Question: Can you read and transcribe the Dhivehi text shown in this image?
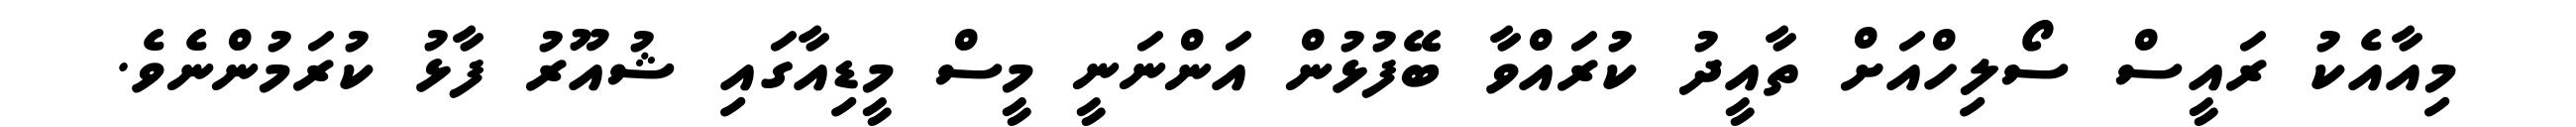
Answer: މިއާއެކު ރައީސް ސޯލިހްއަށް ތާއީދު ކުރައްވާ ބޭފުޅުން އަންނަނީ މީސް މީޑިއާގައި ޝުއޫރު ފާޅު ކުރަމުންނެވެ.